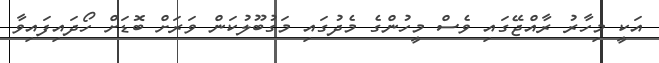
އަކީ މިހާރު ރާއްޖޭގައި ވެސް މީހުންގެ މެދުގައި މަގުބޫލުކަން ވަރަށް ބޮޑަށް ހޯދައިފައިވާ